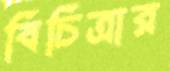
বিচিত্রার